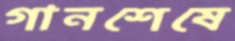
গানশেষে